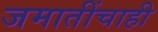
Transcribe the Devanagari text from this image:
जमातींचाही